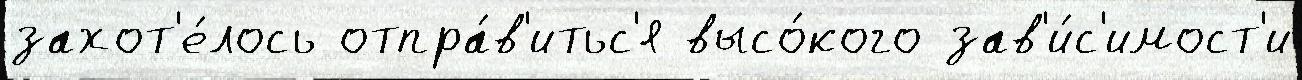
захот'е́лось отпра́в'итьс'я высо́кого зав'и́с'имост'и